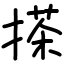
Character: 搽